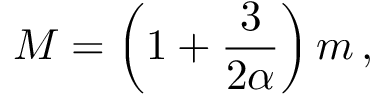
M = \left( 1 + \frac { 3 } { 2 \alpha } \right) m \, ,